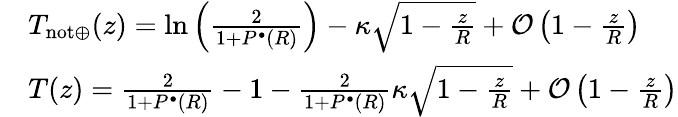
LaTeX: \begin{array}{rl}&{T_{\mathrm{not}\oplus}(z)=\ln\left(\frac{2}{1+P^{\bullet}(R)}\right)-\kappa\sqrt{1-\frac{z}{R}}+\mathcal{O}\left(1-\frac{z}{R}\right)}\\ &{T(z)=\frac{2}{1+P^{\bullet}(R)}-1-\frac{2}{1+P^{\bullet}(R)}\kappa\sqrt{1-\frac{z}{R}}+\mathcal{O}\left(1-\frac{z}{R}\right)}\end{array}